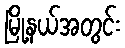
မြို့နယ်အတွင်း